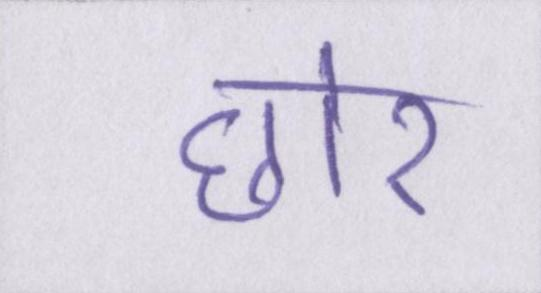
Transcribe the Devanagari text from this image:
छोर